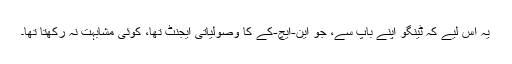
یہ اس لیے کہ ٹینگو اپنے باپ سے، جو این-ایچ-کے کا وصولیاتی ایجنٹ تھا، کوئی مشابہت نہ رکھتا تھا۔